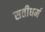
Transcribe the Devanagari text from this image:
सतीधर्म